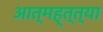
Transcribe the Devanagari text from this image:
आत्मह्त्त्या